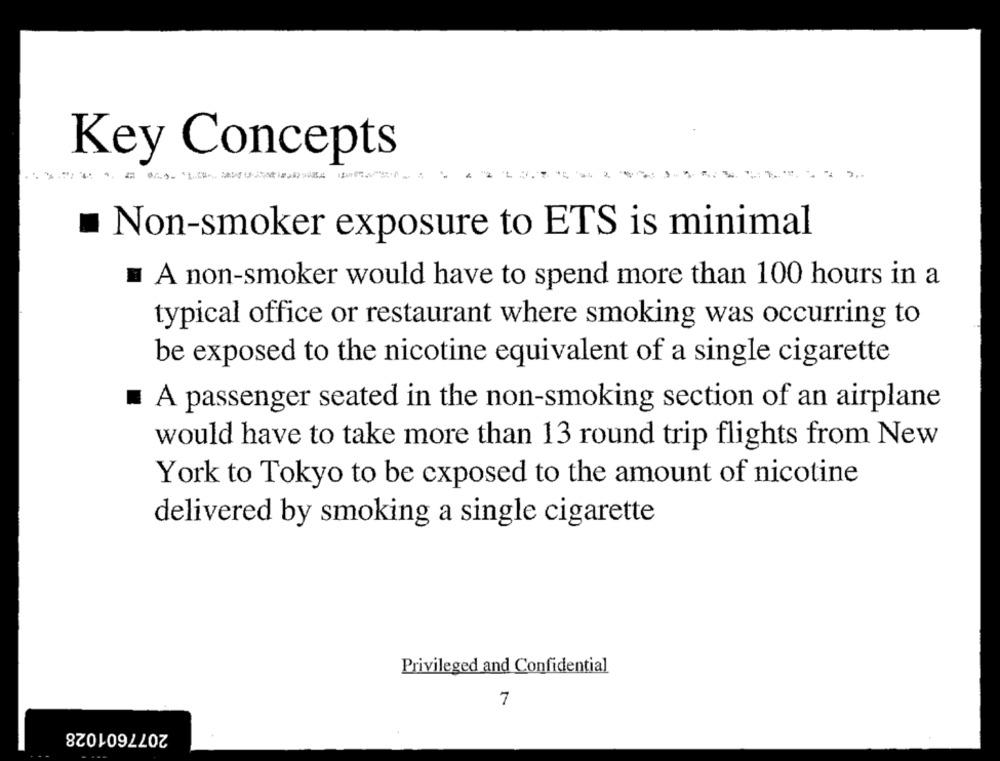
Key Concepts
Non-smoker exposure to ETS is minimal
A non-smoker would have to spend more than 100 hours in a
typical office or restaurant where smoking was occurring to
be exposed to the nicotine equivalent of a single cigarette
A passenger seated in the non-smoking section of an airplane
would have to take more than 13 round trip flights from New
York to Tokyo to be exposed to the amount of nicotine
delivered by smoking a single cigarette
Privileged and Confidential
7
2077601028